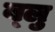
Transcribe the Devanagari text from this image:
ब्‍लु